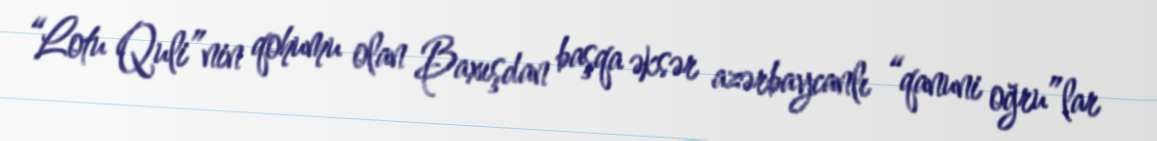
“Lotu Quli”nin qohumu olan Baxışdan başqa əksər azərbaycanlı “qanuni oğru”lar